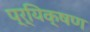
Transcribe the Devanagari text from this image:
प्र्यिक्षण